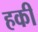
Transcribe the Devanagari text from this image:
हकी